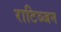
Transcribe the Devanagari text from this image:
राटिञ्जन